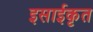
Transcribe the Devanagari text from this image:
इसाईकृत